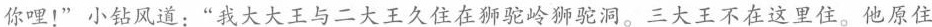
你哩！“小钻风道：”我大大王与二大王久住在狮驼岭狮驼洞。三大王不在这里住。他原住